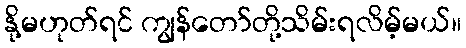
နို့မဟုတ်ရင် ကျွန်တော်တို့သိမ်းရလိမ့်မယ်။